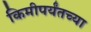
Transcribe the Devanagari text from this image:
किमीपर्यंतच्या